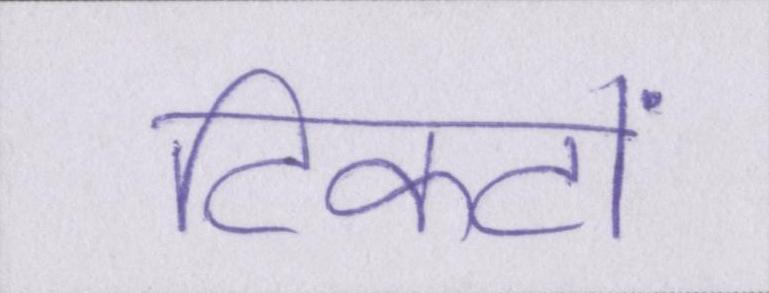
टिकटों